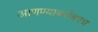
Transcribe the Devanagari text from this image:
आणण्याबरोबरच